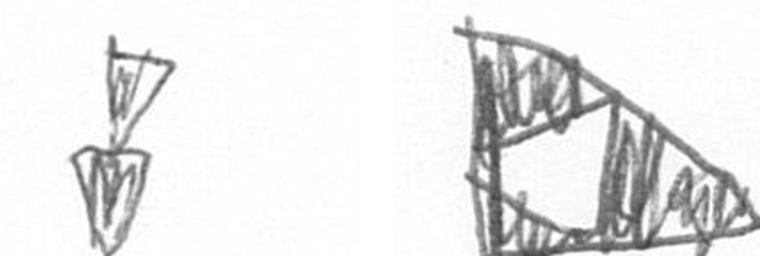
Z K